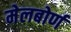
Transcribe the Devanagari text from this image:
मेलबोर्ण